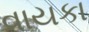
વાયકા